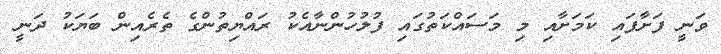
ވަނީ ފަށާފައި ކަމަށާއި މި މަސައްކަތުގައި ފުލުހުންނާއެކު ރައްޔިތުންގެ ތެރެއިން ބަޔަކު ދަނީ